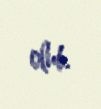
olub.